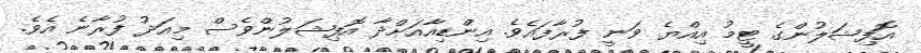
އޮފިޝަލުންގެ ޓީމު އިއްޔެ ވަނީ ފުރާފައެވެ. އިންޑިއާއަށްދާ އޮފިޝަލުންވެސް މިއަދު ފުރާނެ އެވެ.